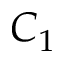
C _ { 1 }